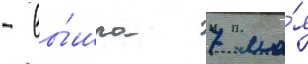
- вы́шла 7 ма́я